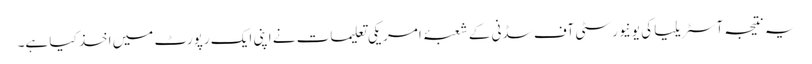
یہ نتیجہ آسٹریلیا کی یونیورسٹی آف سڈنی کے شعبۂ امریکی تعلیمات نے اپنی ایک رپورٹ میں اخذ کیا ہے۔